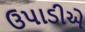
ઉપાડીએ